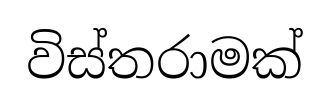
විස්තරාමක්